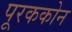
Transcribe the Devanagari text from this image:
पूरककोन